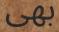
بھى